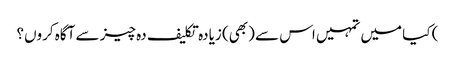
) کیا میں تمہیں اس سے (بھی) زیادہ تکلیف دہ چیز سے آگاہ کروں؟